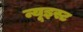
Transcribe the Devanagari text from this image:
न्यूइस्ट